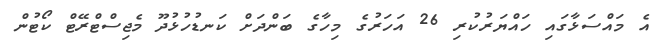
އެ މައްސަޅާގައި ހައްޔަރުކުރި 26 އަހަރުގެ މިހާގެ ބަންދަށް ކަނޑުހުޅުދޫ މެޖިސްޓްރޭޓް ކޯޓުން